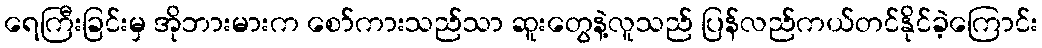
ရေကြီးခြင်းမှ အိုဘားမားက စော်ကားသည်သာ ဆူးတွေနဲ့လူသည် ပြန်လည်ကယ်တင်နိုင်ခဲ့ကြောင်း